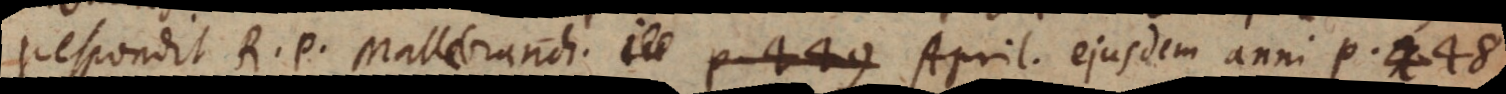
respondit R. P. Mallebranch. April. ejusdem anni p. 448